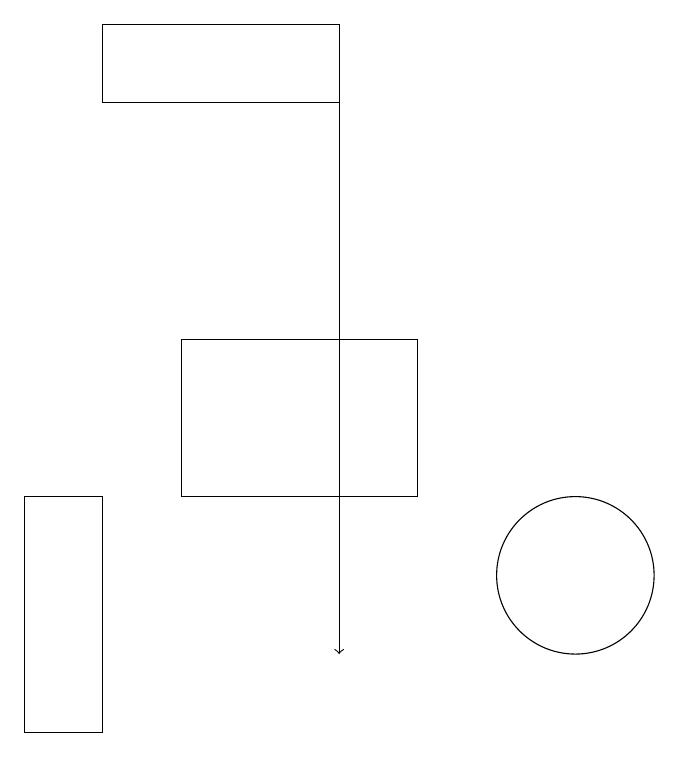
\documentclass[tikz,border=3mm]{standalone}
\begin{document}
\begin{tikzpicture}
\draw (3,10) rectangle (4,13);
\draw (4,18) rectangle (7,19);
\draw (10,12) circle (1);
\draw (8,15) rectangle (5,13);
\draw[->] (7,19) -- (7,11);
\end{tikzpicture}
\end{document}